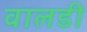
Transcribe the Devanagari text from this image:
वालडी